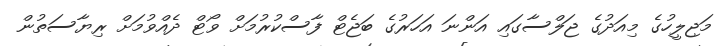
މަޖިލީހުގެ މިއަދުގެ ޖަލްސާގައި އަންނަ އަހަރުގެ ބަޖެޓް ފާސްކުރުމަށް ވޯޓް ދެއްްވުމަށް ރިޔާސަތުން